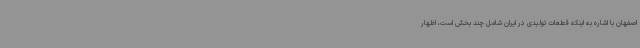
اصفهان با اشاره به اینکه قطعات تولیدی در ایران شامل چند بخش است، اظهار